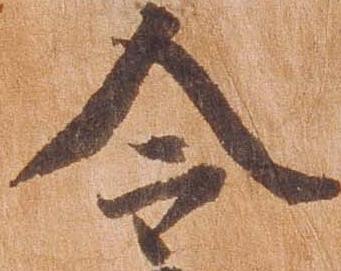
令